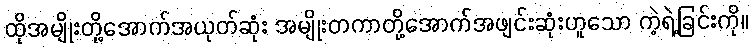
ထိုအမျိုးတို့အောက်အယုတ်ဆုံး အမျိုးတကာတို့အောက်အဖျင်းဆုံးဟူသော ကဲ့ရဲ့ခြင်းကို။